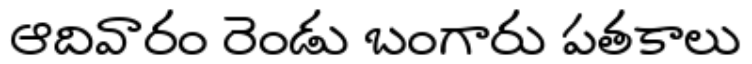
ఆదివారం రెండు బంగారు పతకాలు